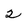
Character: 2